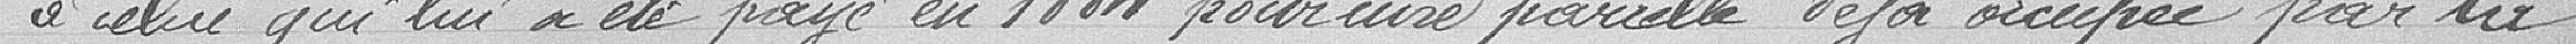
à celui qui lui a été payé en 1884 pour une parcelle déjà occupée par la